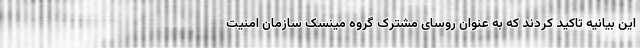
این بیانیه تاکید کردند که به عنوان روسای مشترک گروه مینسک سازمان امنیت